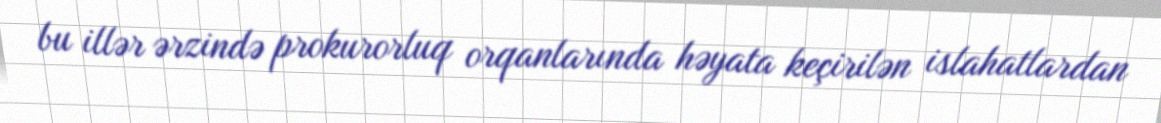
bu illər ərzində prokurorluq orqanlarında həyata keçirilən islahatlardan